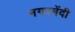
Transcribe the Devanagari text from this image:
नगरमेंदी